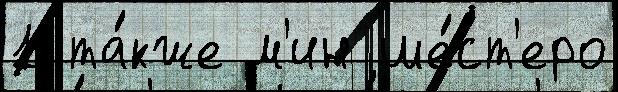
1 та́кже м'ин ше́ст'еро